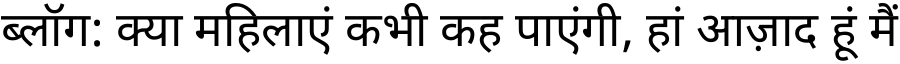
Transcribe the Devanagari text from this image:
ब्लॉग: क्या महिलाएं कभी कह पाएंगी, हां आज़ाद हूं मैं